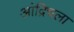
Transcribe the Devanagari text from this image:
आंद्रिचला